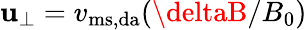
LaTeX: \mathbf{u}_{\perp}=v_{\mathrm{{ms,da}}}(\deltaB/B_{0})